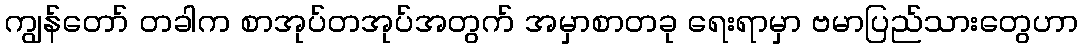
ကျွန်တော် တခါက စာအုပ်တအုပ်အတွက် အမှာစာတခု ရေးရာမှာ ဗမာပြည်သားတွေဟာ